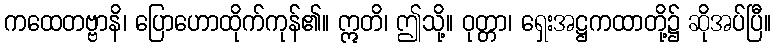
ကထေတဗ္ဗာနိ၊ ပြောဟောထိုက်ကုန်၏။ ဣတိ၊ ဤသို့။ ဝုတ္တာ၊ ရှေးအဋ္ဌကထာတို့၌ ဆိုအပ်ပြီ။